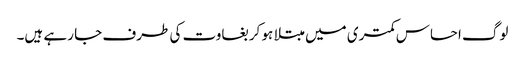
لوگ احساس کمتری میں مبتلا ہو کر بغاوت کی طرف جا رہے ہیں۔